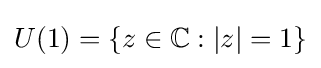
U(1)=\{z\in \mathbb {C} :|z|=1\}